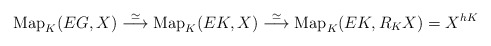
\begin{align*}\mathrm{Map}_K(EG, X) \overset{\simeq}{\longrightarrow} \mathrm{Map}_K(EK, X) \overset{\simeq}{\longrightarrow} \mathrm{Map}_K(EK, R_KX) = X^{hK}\end{align*}